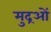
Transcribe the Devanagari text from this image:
मुद्रओं